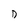
Character: D